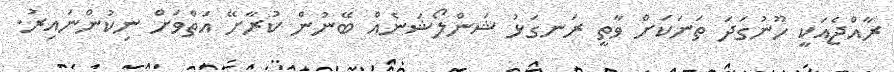
ރާއްޖެއަކީ ހޫނުގަދަ ތަނަކަށް ވާތީ ރަނގަޅު ޝަންލޯޝަނެއް ބޭނުން ކުރާށޭ އަތްވަށް ނިކުންނައިރު.